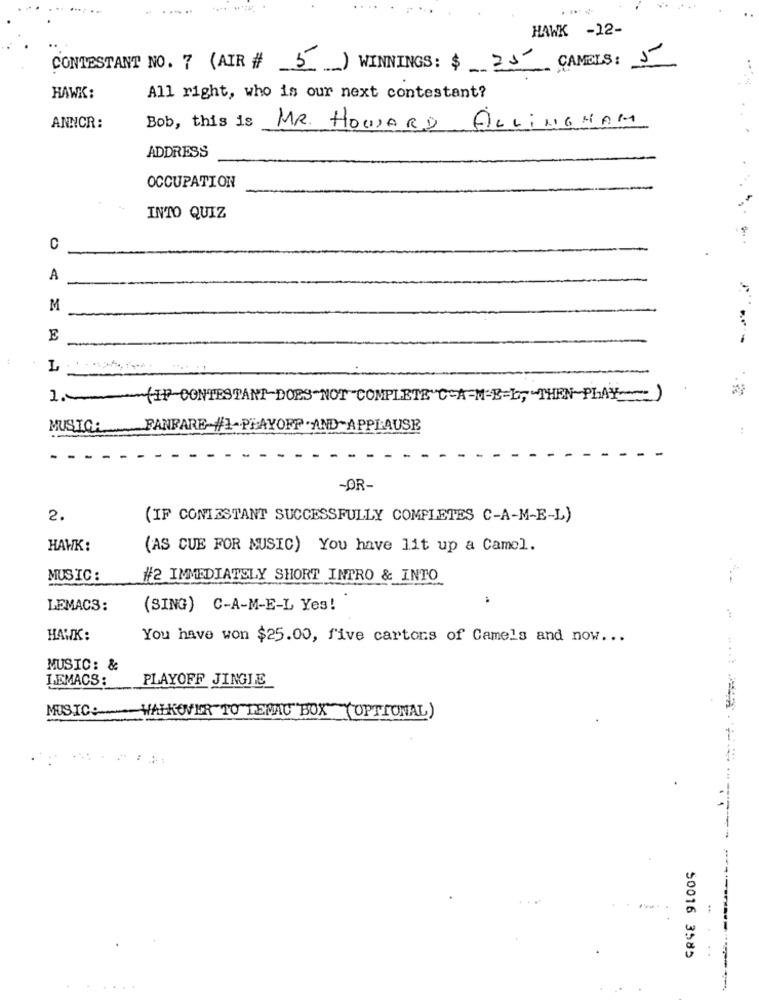
HAWK -12-
CONTESTANT NO. 7 (AIR # 5) WINNINGS: $ 25 CAMELS: 5
HAWK:
All right, who is our next contestant?
Bob, this is
ANNCR:
MR. HOWARD ALLINGHAM
ADDRESS
OCCUPATION
INTO QUIZ
C
A
M
E
-
-
.
1 .__ ( IP-CONTESTANT DOES NOT COMPLETE"C-A-N-E-L, ~ THEN-PLAY
MUSIC:
FANFARE #1-PLAYOFF - AND-APPLAUSE
:
-OR-
2.
(IF CONTESTANT SUCCESSFULLY COMPLETES C-A-M-E-L)
НАНК:
(AS CUE FOR MUSIC) You have lit up a Camel.
MUSIC :
#2 IMMEDIATELY SHORT INTRO & INTO
LEMACS:
(SING) C-A-M-E-L Yes!
HAWK:
You have won $25.00, five cartons of Camels and now ...
MUSIC: &
LEMACS:
PLAYOFF JINGLE
MUSIC:
WALKOVER TO TERAC"BOX" (OPTIONAL)
50016 3585